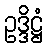
ဥဒ္ဒိဋ္ဌံ